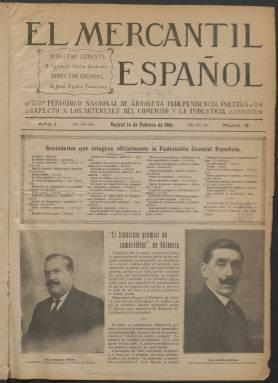
Título: El Mercantil español (Madrid. 1916)
Colección: Periódicos || Economía
Ámbito geográfico: Madrid
Lugar de publicación: Madrid
Fechas: 14/02/1916-30/09/1917

Debido a su mal estado de conservación no ha sido posible digitalizar por el momento las primeras páginas del volumen.